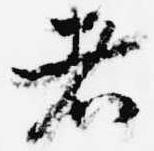
者